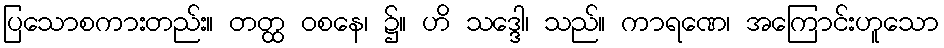
ပြသောစကားတည်း။ တတ္ထ ဝစနေ၊ ၌။ ဟိ သဒ္ဒေါ၊ သည်။ ကာရဏေ၊ အကြောင်းဟူသော